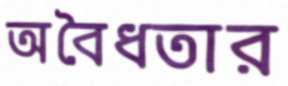
অবৈধতার